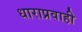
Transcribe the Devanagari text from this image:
धाराप्रवाही